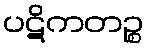
ပဋိကတဉ္စ